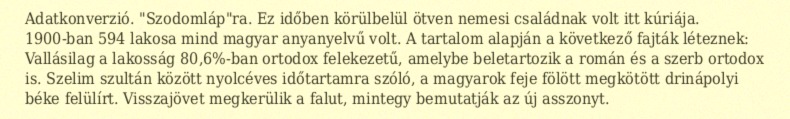
Adatkonverzió. "Szodomláp"ra. Ez időben körülbelül ötven nemesi családnak volt itt kúriája. 1900-ban 594 lakosa mind magyar anyanyelvű volt. A tartalom alapján a következő fajták léteznek: Vallásilag a lakosság 80,6%-ban ortodox felekezetű, amelybe beletartozik a román és a szerb ortodox is. Szelim szultán között nyolcéves időtartamra szóló, a magyarok feje fölött megkötött drinápolyi béke felülírt. Visszajövet megkerülik a falut, mintegy bemutatják az új asszonyt.